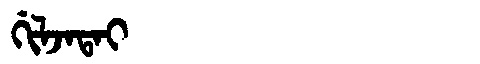
Manchu: ᡤᡳᠯᠵᠠᡨᠠᡳ
Romanization: GILJATAI